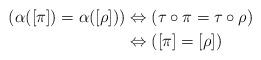
LaTeX: \begin{align*}(\alpha([\pi]) = \alpha([\rho])) &\Leftrightarrow (\tau \circ \pi = \tau \circ \rho) \\& \Leftrightarrow ([\pi] = [\rho]) \end{align*}